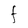
Character: F